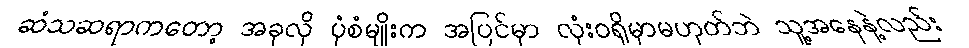
ဆံသဆရာကတော့ အခုလို ပုံစံမျိုးက အပြင်မှာ လုံးဝရှိမှာမဟုတ်ဘဲ သူ့အနေနဲ့လည်း